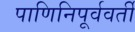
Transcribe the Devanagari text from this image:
पाणिनिपूर्ववर्ती